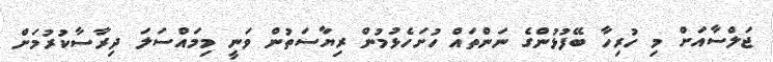
ޖަލްސާއަށް މި ހުރިހާ ބޭފުޅުންގެ ނަންތައް ހުށަހެޅުމުން ރިޔާސަތުން ވަނީ މިމައްސަލަ ދިރާސާކުރުމަށް